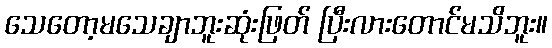
သေတော့မသေချာဘူးဆုံးဖြတ် ပြီးလားတောင်မသိဘူး။